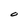
Character: O